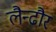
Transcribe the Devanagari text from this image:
लैन्ढौर